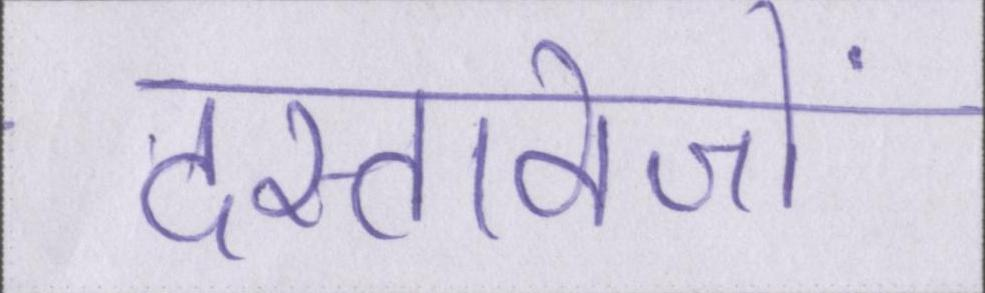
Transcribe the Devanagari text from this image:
दस्तावेजों